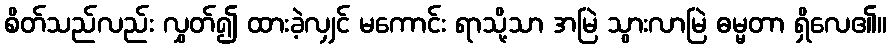
စိတ်သည်လည်း လွှတ်၍ ထားခဲ့လျှင် မကောင်း ရာသို့သာ အမြဲ သွားလာမြဲ ဓမ္မတာ ရှိလေ၏။